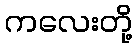
ကလေးတို့